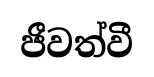
ජීවත්වී